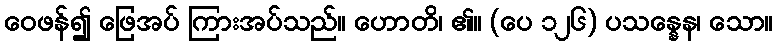
ဝေဖန်၍ ဖြေအပ် ကြားအပ်သည်။ ဟောတိ၊ ၏။ (ပေ ၁၂၆) ပသန္နေန၊ သော။